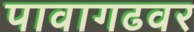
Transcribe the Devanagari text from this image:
पावागढवर